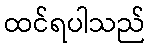
ထင်ရပါသည်